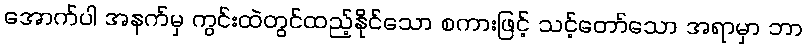
အောက်ပါ အနက်မှ ကွင်းထဲတွင်ထည့်နိုင်သော စကားဖြင့် သင့်တော်သော အရာမှာ ဘာ